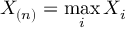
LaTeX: X _ { ( n ) } = \operatorname* { m a x } _ { i } X _ { i }